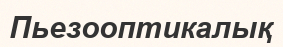
Пьезооптикалық